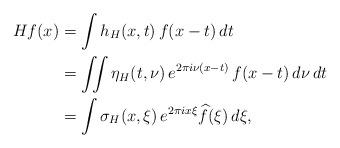
LaTeX: \begin{align*} Hf(x) &= \int h_H(x,t)\,f(x-t)\,dt \\ &= \iint \eta_H(t,\nu)\,e^{2\pi i\nu (x-t)}\,f(x-t)\,d\nu\,dt \\ &= \int \sigma_H(x,\xi)\, e^{2\pi i x \xi} \widehat f(\xi)\,d\xi,\end{align*}